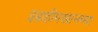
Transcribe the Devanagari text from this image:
इब्राहीमखानच्या